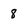
Character: 8